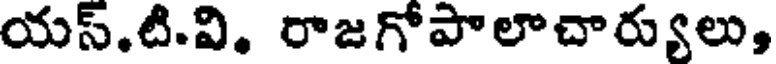
యస్.టి.వి. రాజగోపాలాచార్యులు,